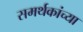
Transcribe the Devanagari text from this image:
समर्थकांच्या